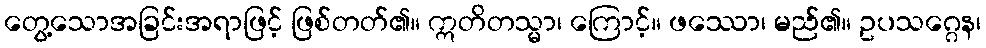
တွေ့သောအခြင်းအရာဖြင့် ဖြစ်တတ်၏။ ဣတိတသ္မာ၊ ကြောင့်။ ဖဿော၊ မည်၏။ ဥပသဂ္ဂေန၊